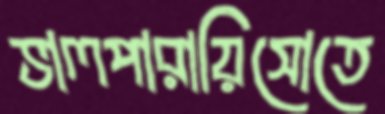
ভালপারায়িসোতে